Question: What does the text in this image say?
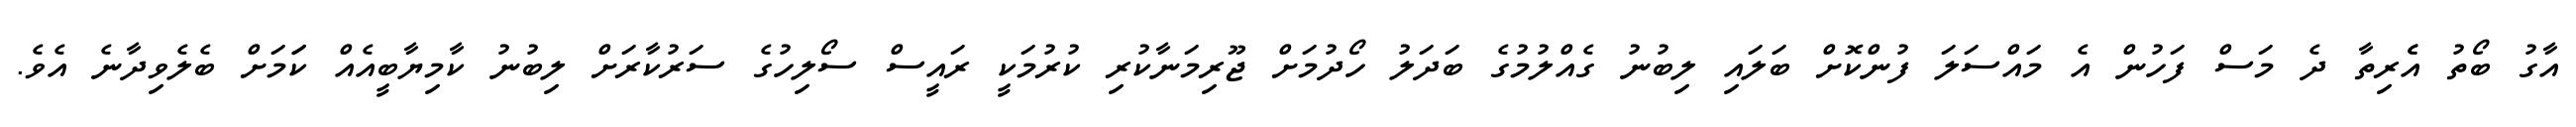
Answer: އާގު ބޯތު އެެރިތާ ދެ މަސް ފަހުން އެ މައްސަލަ ފުންކޮށް ބަލައި ލިބުނު ގެއްލުމުގެ ބަދަލު ހޯދުމަށް ޖޫރިމަނާކުރި ކުރުމަކީ ރައީސް ސޯލިހުގެ ސަރުކާރަށް ލިބުނު ކާމިޔާބީއެއް ކަަމަށް ބެލެވިދާނެ އެވެ.